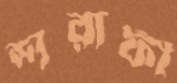
শরাফী